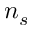
n _ { s }